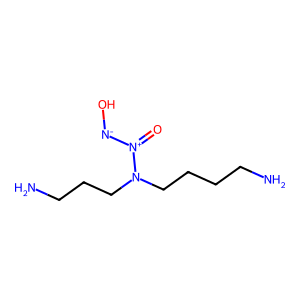
SMILES: NCCCCN(CCCN)[N+](=O)[N-]O
Inhibits HIV replication: No